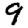
Digit: 9